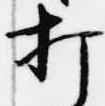
打